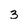
Character: 3